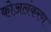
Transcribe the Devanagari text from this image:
कोअलंकरण